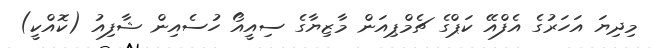
މިދިޔަ އަހަރުގެ އެފްއޭ ކަޕްގެ ޗެމްޕިއަން މާޒިޔާގެ ސިއީއޯ ހުސެއިން ޝާފިއު (ކޮއްކީ)